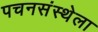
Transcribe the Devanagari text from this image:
पचनसंस्थेला